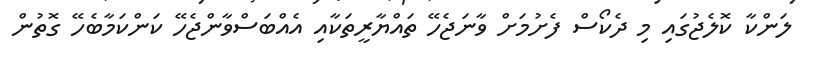
ލަންކާ ކޮލެޖުގައި މި ދެކޯސް ފެށުމަށް ވާނަޖެހޭ ތައްޔާރީތަކާއި އެއްބަސްވާންޖެހޭ ކަންކަމާބެހޭ ގޮތުން